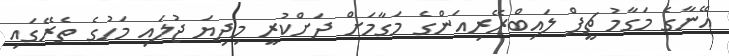
އޭނާގެ މަގާމު ޗީފް ލައިބްރޭރިއަންގެ މަގާމަށް ދަށްކުރީ މިދިޔަ ޖުލައި މަހުގެ ތެރޭގައި